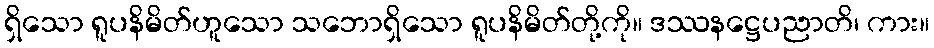
ရှိသော ရူပနိမိတ်ဟူသော သဘောရှိသော ရူပနိမိတ်တို့ကို။ ဒဿနဋ္ဌေပညာတိ၊ ကား။